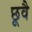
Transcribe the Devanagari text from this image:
छूवै